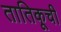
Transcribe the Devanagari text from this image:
तातिकूची